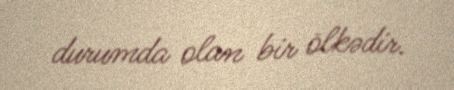
durumda olan bir ölkədir.